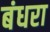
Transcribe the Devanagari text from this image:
बंधरा